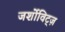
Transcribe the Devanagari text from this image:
जर्शोविट्ज़